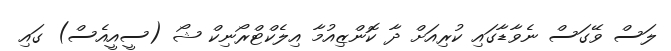
ލަސް ވޭގަސް ނެވާޑާގައި ކުރިއަށް ދާ ކޮންޒިއުމާ އިލެކްޓްރޯނިކް ޝޯ (ސީއީއެސް) ގައި